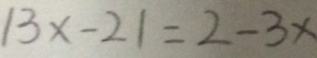
\vert 3 x - 2 \vert = 2 - 3 x